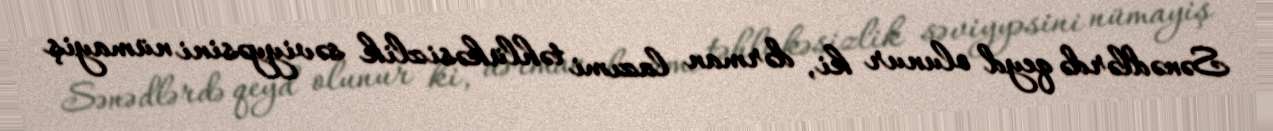
Sənədlərdə qeyd olunur ki, dərman lazımi təhlükəsizlik səviyyəsini nümayiş